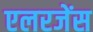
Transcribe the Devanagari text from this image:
एलरजेंस